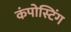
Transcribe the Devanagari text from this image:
कंपोस्टिंग